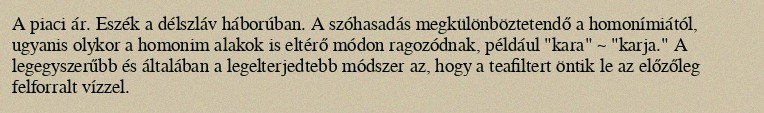
A piaci ár. Eszék a délszláv háborúban. A szóhasadás megkülönböztetendő a homonímiától, ugyanis olykor a homonim alakok is eltérő módon ragozódnak, például "kara" ~ "karja." A legegyszerűbb és általában a legelterjedtebb módszer az, hogy a teafiltert öntik le az előzőleg felforralt vízzel.